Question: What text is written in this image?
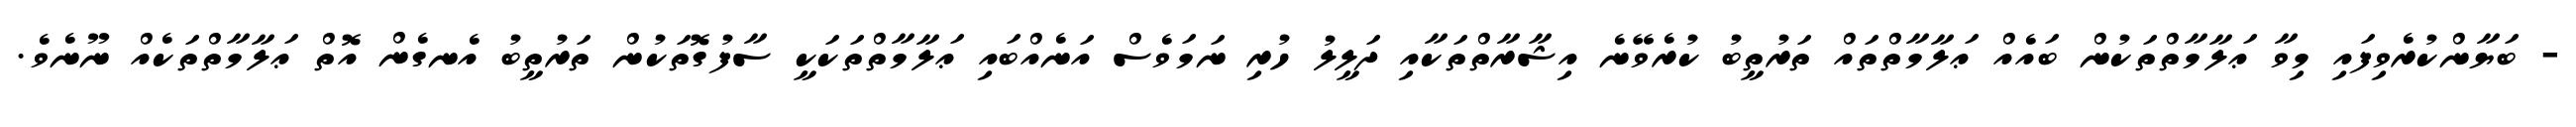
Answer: - ބަޔާންކުރެވިފައި މިވާ ޢަލާމާތްތަކުން ބައެއް ޢަލާމާތްތައް ތަރުތީބު ކުރެވޭނެ އިޝާރާތްތަކާއި ދަލީލު ހުރި ނަމަވެސް އަނެއްބައި ޢަލާމާތްތަކަކީ ސާފުގޮތަކުން ތަރުތީބު އެނގެން އޮތް ޢަލާމާތްތަކެއް ނޫނެވެ.